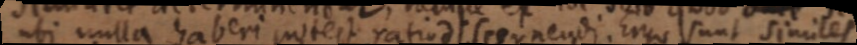
ubi nulla haberi potest ratio discernendi. Ergo sunt similes